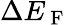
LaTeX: \Delta E_{\mathrm{~F~}}